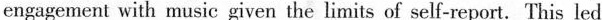
engagement with music given the limits of self-report. This led